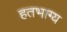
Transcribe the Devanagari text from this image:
हतभाग्य